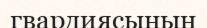
гвардиясының